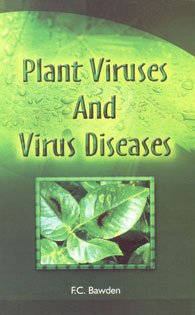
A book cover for Plant Viruses and Virus Diseases; F.C. Bawden; Medical Books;